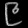
Digit: ၉